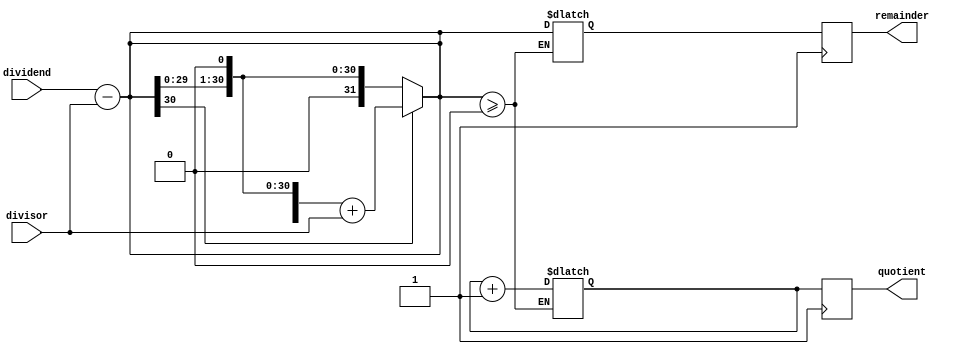
module PipelinedDivider (
    input wire [31:0] dividend,
    input wire [31:0] divisor,
    output reg [31:0] quotient,
    output reg [31:0] remainder
);

reg [31:0] dividend_reg;
reg [31:0] divisor_reg;
reg [31:0] quotient_reg;
reg [31:0] remainder_reg;
reg [31:0] partial_remainder;
reg [31:0] temp_remainder;
reg [31:0] partial_quotient;

always @(*) begin
    dividend_reg = dividend;
    divisor_reg = divisor;
end

// First arithmetic block - subtraction
always @(*) begin
    partial_remainder = dividend_reg - divisor_reg;
end

// Second arithmetic block - comparison
always @(*) begin
    if (partial_remainder >= 0) begin
        quotient_reg = quotient_reg + 1;
        temp_remainder = partial_remainder;
    end
end

// Third arithmetic block - shifting
always @(*) begin
    partial_quotient = partial_quotient << 1;
    partial_quotient[0] = partial_remainder[31];
    partial_remainder = partial_remainder << 1;
    if (partial_remainder[31] == 1) begin
        partial_remainder = partial_remainder + divisor;
    end
end

// Final outputs
always @(posedge clk) begin
    quotient = quotient_reg;
    remainder = temp_remainder;
end

endmodule